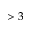
> 3